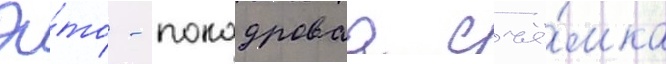
Э́то - покадроваа съё́мка